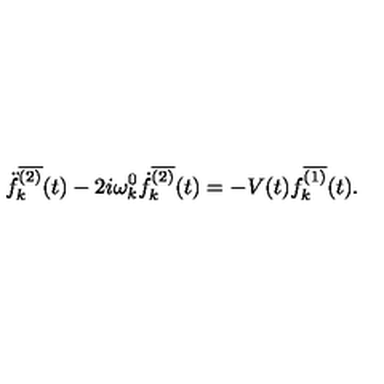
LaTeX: \ddot { f } _ { k } ^ { \overline { { ( 2 ) } } } ( t ) - 2 i \omega _ { k } ^ { 0 } \dot { f } _ { k } ^ { \overline { { ( 2 ) } } } ( t ) = - V ( t ) f _ { k } ^ { \overline { { ( 1 ) } } } ( t ) .